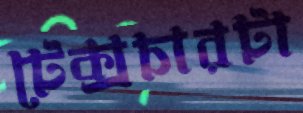
টেক্সচারটা